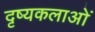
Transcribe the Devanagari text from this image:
दृष्यकलाओं